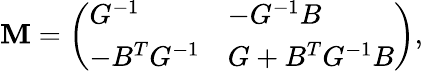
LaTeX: \mathbf{M}=\left(\begin{array}{ll}{{G^{-1}}}&{{-G^{-1}B}}\\ {{-B^{T}G^{-1}}}&{{G+B^{T}G^{-1}B}}\end{array}\right),